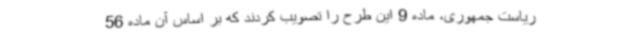
ریاست جمهوری، ماده 9 این طرح را تصویب کردند که بر اساس آن ماده 56